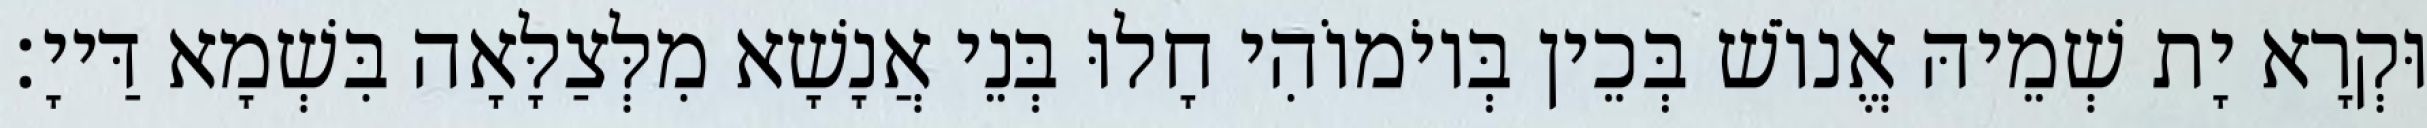
וּקְרָא יָת שְׁמֵיהּ אֱנוֹשׁ בְּכֵין בְּיוֹמוֹהִי חָלוּ בְּנֵי אֲנָשָׁא מִלְּצַלָּאָה בִּשְׁמָא דַּייָ׃